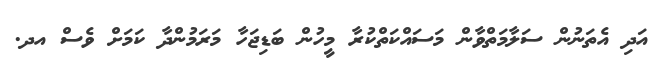
އަދި އެތަނުން ސަލާމަތްވާން މަސައްކަތްކުރާ މީހުން ބަޑިޖަހާ މަރަމުންދާ ކަމަށް ވެސް އދ.